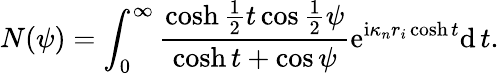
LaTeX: N(\psi)=\int_{0}^{\infty}\frac{\cosh\frac{1}{2}t\cos\frac{1}{2}\psi}{\cosh t+\cos\psi}\mathrm{e}^{\mathrm{i}\kappa_{n}r_{i}\cosh t}\mathrm{d}\, t.